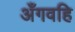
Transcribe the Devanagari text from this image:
अँगवहि